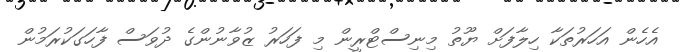
އެހެން އަހަރުތަކާ ހިލާފަށް ޔޫތު މިނިސްޓްރީން މި ފަހަރު ޒުވާނުންގެ ދުވަސް ފާހަގަކުރަމުން